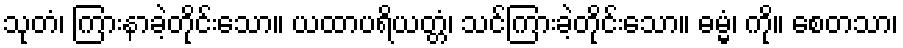
သုတံ၊ ကြားနာခဲ့တိုင်းသော။ ယထာပရိယတ္တံ၊ သင်ကြားခဲ့တိုင်းသော။ ဓမ္မံ၊ ကို။ စေတသာ၊